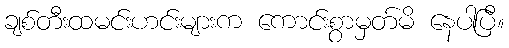
ချစ်တီးထမင်းဟင်းများက ကောင်းစွာမှတ်မိ နေပါပြီ။